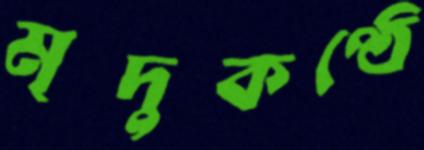
মৃদুকণ্ঠে